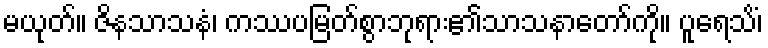
မယုတ်။ ဇိနသာသနံ၊ ကဿပမြတ်စွာဘုရား၏သာသနာတော်ကို။ ပူရေသိံ၊